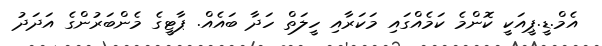
އެމް.ޑީ.ޕީއަކީ ކޮންމެ ކަމެއްގައި މަކަރާއި ހީލަތް ހަދާ ބައެއް. ޕާޓީގެ މެންބަރުންގެ އަދަދު